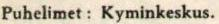
Puhelimet: Kyminkeskus.